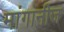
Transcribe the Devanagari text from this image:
मांगानीज